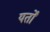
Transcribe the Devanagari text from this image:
यर्तों